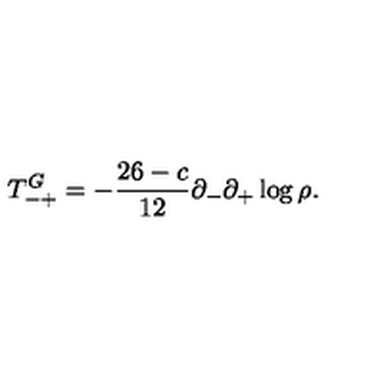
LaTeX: T _ { - + } ^ { G } = - \frac { 2 6 - c } { 1 2 } \partial _ { - } \partial _ { + } \log \rho .